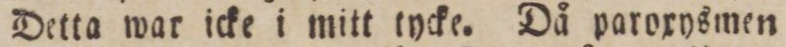
Detta war icke i mitt tycke. Då paroxysmen